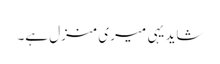
شاید یہی میری منزل ہے۔